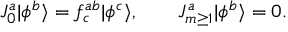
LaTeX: J _ { 0 } ^ { a } | \phi ^ { b } \rangle = f _ { c } ^ { a b } | \phi ^ { c } \rangle , ~ ~ ~ ~ ~ ~ J _ { m \ge 1 } ^ { a } | \phi ^ { b } \rangle = 0 .